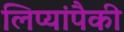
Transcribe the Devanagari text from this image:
लिप्यांपैकी